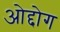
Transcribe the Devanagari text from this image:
ओद्दोग